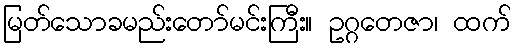
မြတ်သောခမည်းတော်မင်းကြီး။ ဥဂ္ဂတေဇာ၊ ထက်